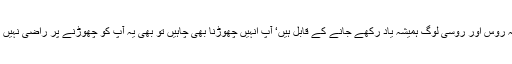
کیونکہ روس اور روسی لوگ ہمیشہ یاد رکھے جانے کے قابل ہیں‘ آپ انہیں چھوڑنا بھی چاہیں تو بھی یہ آپ کو چھوڑنے پر راضی نہیں ہوتے۔